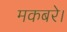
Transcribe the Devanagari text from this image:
मकबरे।